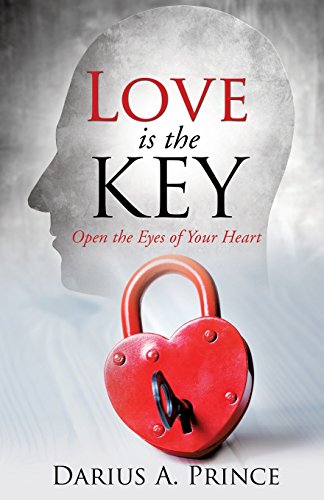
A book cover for Love Is The Key; Darius A. Prince; Parenting & Relationships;